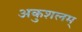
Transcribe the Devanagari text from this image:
अकुशलम्